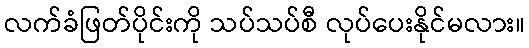
လက်ခံဖြတ်ပိုင်းကို သပ်သပ်စီ လုပ်ပေးနိုင်မလား။